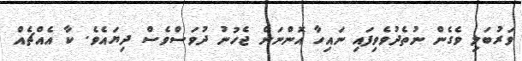
ވަރުބަލި ވެގެން ނުތެދުވެވިފައި ނައިހާ އޮންނަން ޖެހުނު ދުވަސްވެސް ދިޔައެވެ. ކާ އެއްޗެއް